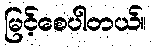
မြင့်စေပါတယ်။